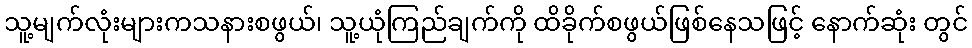
သူ့မျက်လုံးများကသနားစဖွယ်၊ သူ့ယုံကြည်ချက်ကို ထိခိုက်စဖွယ်ဖြစ်နေသဖြင့် နောက်ဆုံး တွင်